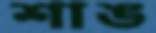
শাঙ